Vaccine operations Central Provinces 1886-1899 - 1886-1899
Year: 1886
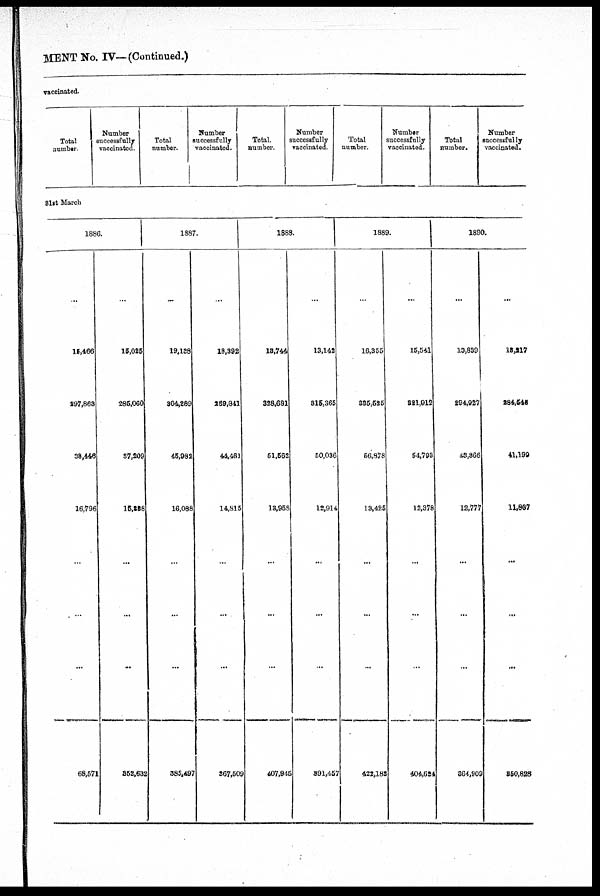
MENT No. IV—(Continued.)
vaccinated.
Total
number.
Number
successfully
vaccinated.
Total
number.
Number
successfully
vaccinated.
Total.
number.
Number
successfully
vaccinated.
Total
number.
Number
successfully
vaccinated.
Total
number.
Number
successfully
vaccinated.
31st March
1886.
...
15,466
297,863
38,446
16,796
...
...
...
68,571
...
15,025
285,060
37,209
16,228
...
...
...
352,632
1887.
...
19,138
304,289
45,982
16,088
...
...
...
885,497
...
18,392
289,841
44,461
14,815
...
...
...
367,509
1888.
...
13,744
328,681
51,562
13,958
...
...
...
407,945
...
13,142
315,365
50,036
12,914
...
...
...
391,457
1889.
...
16,355
335,525
56,878
13,425
...
...
...
422,183
...
15,541
321,912
54,793
12,378
...
...
...
404,624
1890.
...
13,889
294,927
48,866
12,777
...
...
...
364,909
...
18,217
284,545
41,199
11,867
...
...
...
350,828